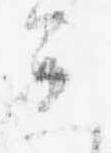
進